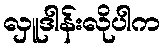
လှူဒါန်းလိုပါက